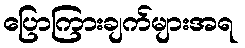
ပြောကြားချက်များအရ